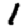
Digit: 1